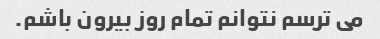
می ترسم نتوانم تمام روز بیرون باشم.